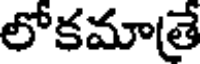
లోకమాతే